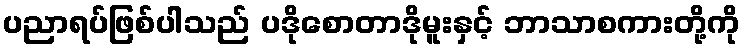
ပညာရပ်ဖြစ်ပါသည် ပဒိုစောတာဒိုမူးနှင့် ဘာသာစကားတို့ကို